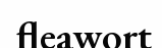
fleawort